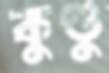
কুণ্ডু